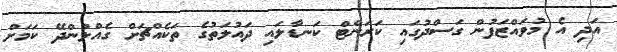
އަދި އެ މުވައްޒަފުން ގަސްދުގައި ކަރަންޓް ކަނޑާލައި ދައުލަތުގެ ތަކެއްޗަށް ގެއްލުންދޭ ކަމަށް